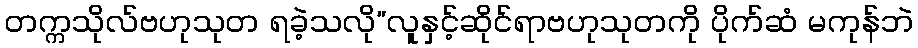
တက္ကသိုလ်ဗဟုသုတ ရခဲ့သလို”လူနှင့်ဆိုင်ရာဗဟုသုတကို ပိုက်ဆံ မကုန်ဘဲ